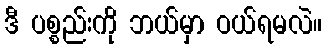
ဒီ ပစ္စည်းကို ဘယ်မှာ ဝယ်ရမလဲ။